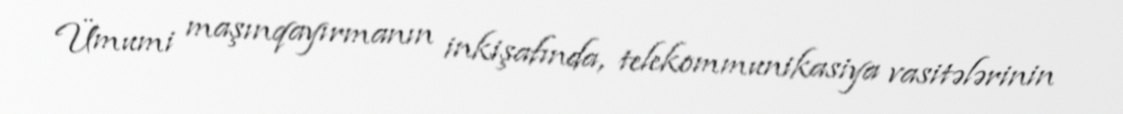
Ümumi maşınqayırmanın inkişafında, telekommunikasiya vasitələrinin